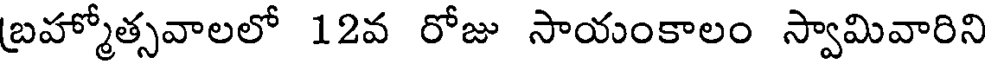
బ్రహ్మోత్సవాలలో 12వ రోజు సాయంకాలం స్వామివారిని